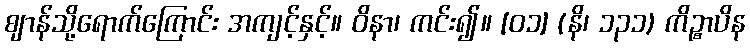
ဈာန်သို့ရောက်ကြောင်း အကျင့်နှင့်။ ဝိနာ၊ ကင်း၍။ [၀၁] (နိ၊ ၁၃၁) ကိဉ္စာပိန